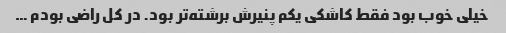
خیلی خوب بود فقط کاشکی یکم پنیرش برشته‌تر بود. در کل راضی بودم …